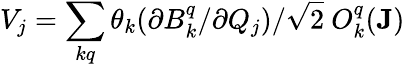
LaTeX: V_{j}=\sum_{kq}\theta_{k}(\partial B_{k}^{q}/\partial Q_{j})/\sqrt{2}\ O_{k}^{q}(\mathbf{J})